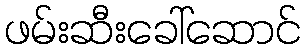
ဖမ်းဆီးခေါ်ဆောင်